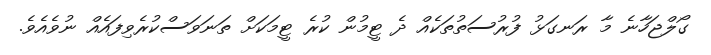
ގޯލްޖަހާނެ މާ ރަނގަޅު ފުރުސަތުތަކެއް ދެ ޓީމުން ކުރެ ޓީމަކަށް ތަނަވަސްކުރެވިފައެއް ނުވެއެވެ.